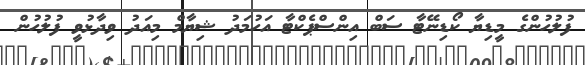
ފުލުހުންގެ މީޑިޔާ ކޯޑިނޭޓާ ސަބް އިންސްޕެކްޓާ އަހުމަދު ޝިޔާމް މިއަދު ވިދާޅުވީ ފުލުހުން